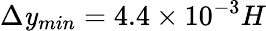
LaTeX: \Delta\mathit{y}_{min}=4.4\times10^{-3}H